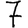
Digit: 7